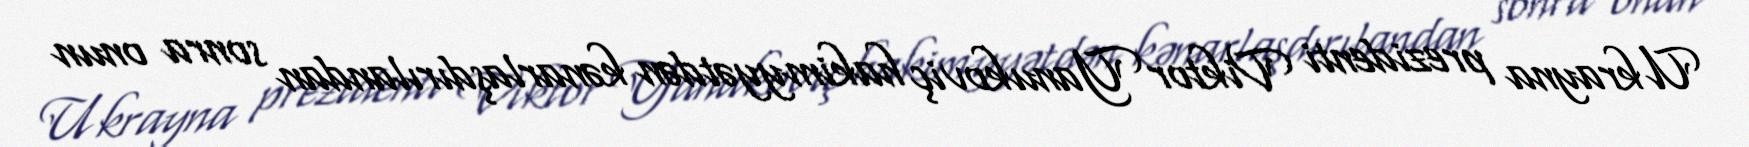
Ukrayna prezidenti Viktor Yanukoviç hakimyyətdən kənarlaşdırılandan sonra onun